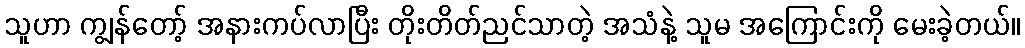
သူဟာ ကျွန်တော့် အနားကပ်လာပြီး တိုးတိတ်ညင်သာတဲ့ အသံနဲ့ သူမ အကြောင်းကို မေးခဲ့တယ်။